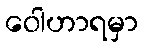
ဝေါဟာရမှာ